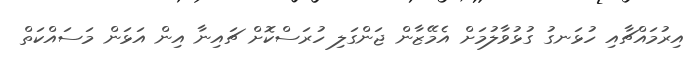
އިރުމައްޗާއި ހުޅަނގު ގުޅުވާލުމަށް އެމޭޒާން ޖަންގަލި ހުރަސްކޮށް ޗައިނާ އިން އަޅަން މަސައްކަތް